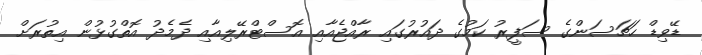
ޑޭވިޑް ހަޗަސަންގެ ސަފީރު ކަމުގެ ދައުރުގައި ރާއްޖެއާއި އޮސްޓްރޭލިއާއި ދެމެދު އޮތްގުޅުން އިތުރަށް